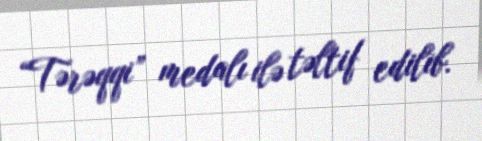
“Tərəqqi” medalı ilə təltif edilib.